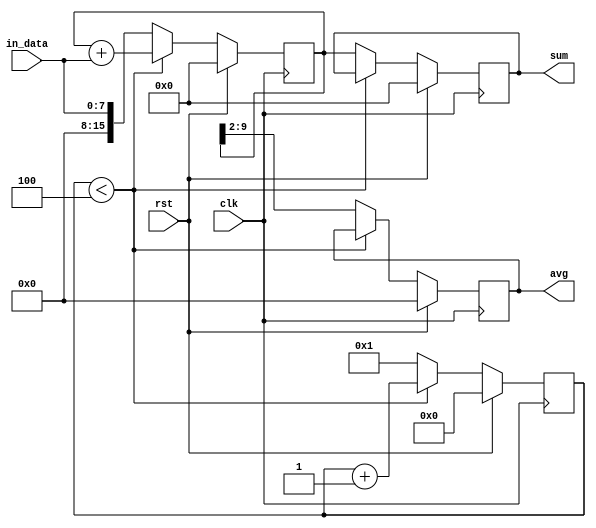
module moving_average_accumulator(
    input wire clk,
    input wire rst,
    input wire [7:0] in_data,
    output reg [15:0] sum,
    output reg [7:0] avg
);

reg [15:0] acc;
reg [3:0] count;

always @(posedge clk) begin
    if(rst) begin
        acc <= 16'h0000;
        count <= 4'b0000;
        sum <= 16'h0000;
        avg <= 8'h00;
    end else begin
        if(count < 4) begin
            acc <= acc + in_data;
            count <= count + 1;
        end else begin
            sum <= acc;
            avg <= acc >> 2;
            acc <= in_data;
            count <= 1;
        end
    end
end

endmodule